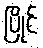
ပြိုင်